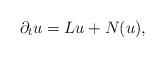
LaTeX: \begin{align*}\partial_t u = Lu+N(u), \end{align*}